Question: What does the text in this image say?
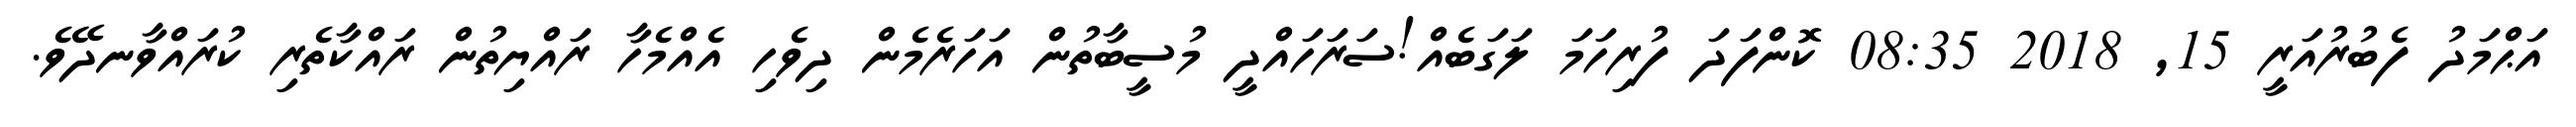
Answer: އަޙްމަދު ފެބުރުއަރީ 15, 2018 08:35 ކޮންފަދަ ފުރިހަމަ ލަގަބެއް!ސަރަހައްދީ މުސީބާތުން އަހަރެމެން ދިވެހި އެއްމެހާ ރައްޔިތުން ރައްކާތެރި ކުރައްވާނދޭވެ.